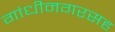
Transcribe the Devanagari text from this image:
गांधीनगरसह